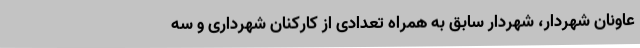
عاونان شهردار، شهردار سابق به همراه تعدادی از کارکنان شهرداری و سه